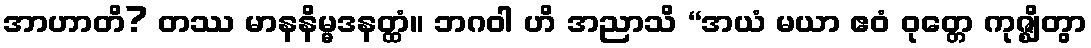
အာဟာတိ? တဿ မာနနိမ္မဒနတ္ထံ။ ဘဂဝါ ဟိ အညာသိ “အယံ မယာ ဧဝံ ဝုတ္တေ ကုဇ္ဈိတွာ